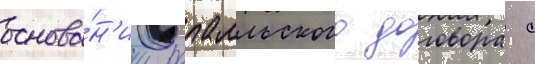
основа́н'ии рапалльского договора с